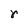
Character: r